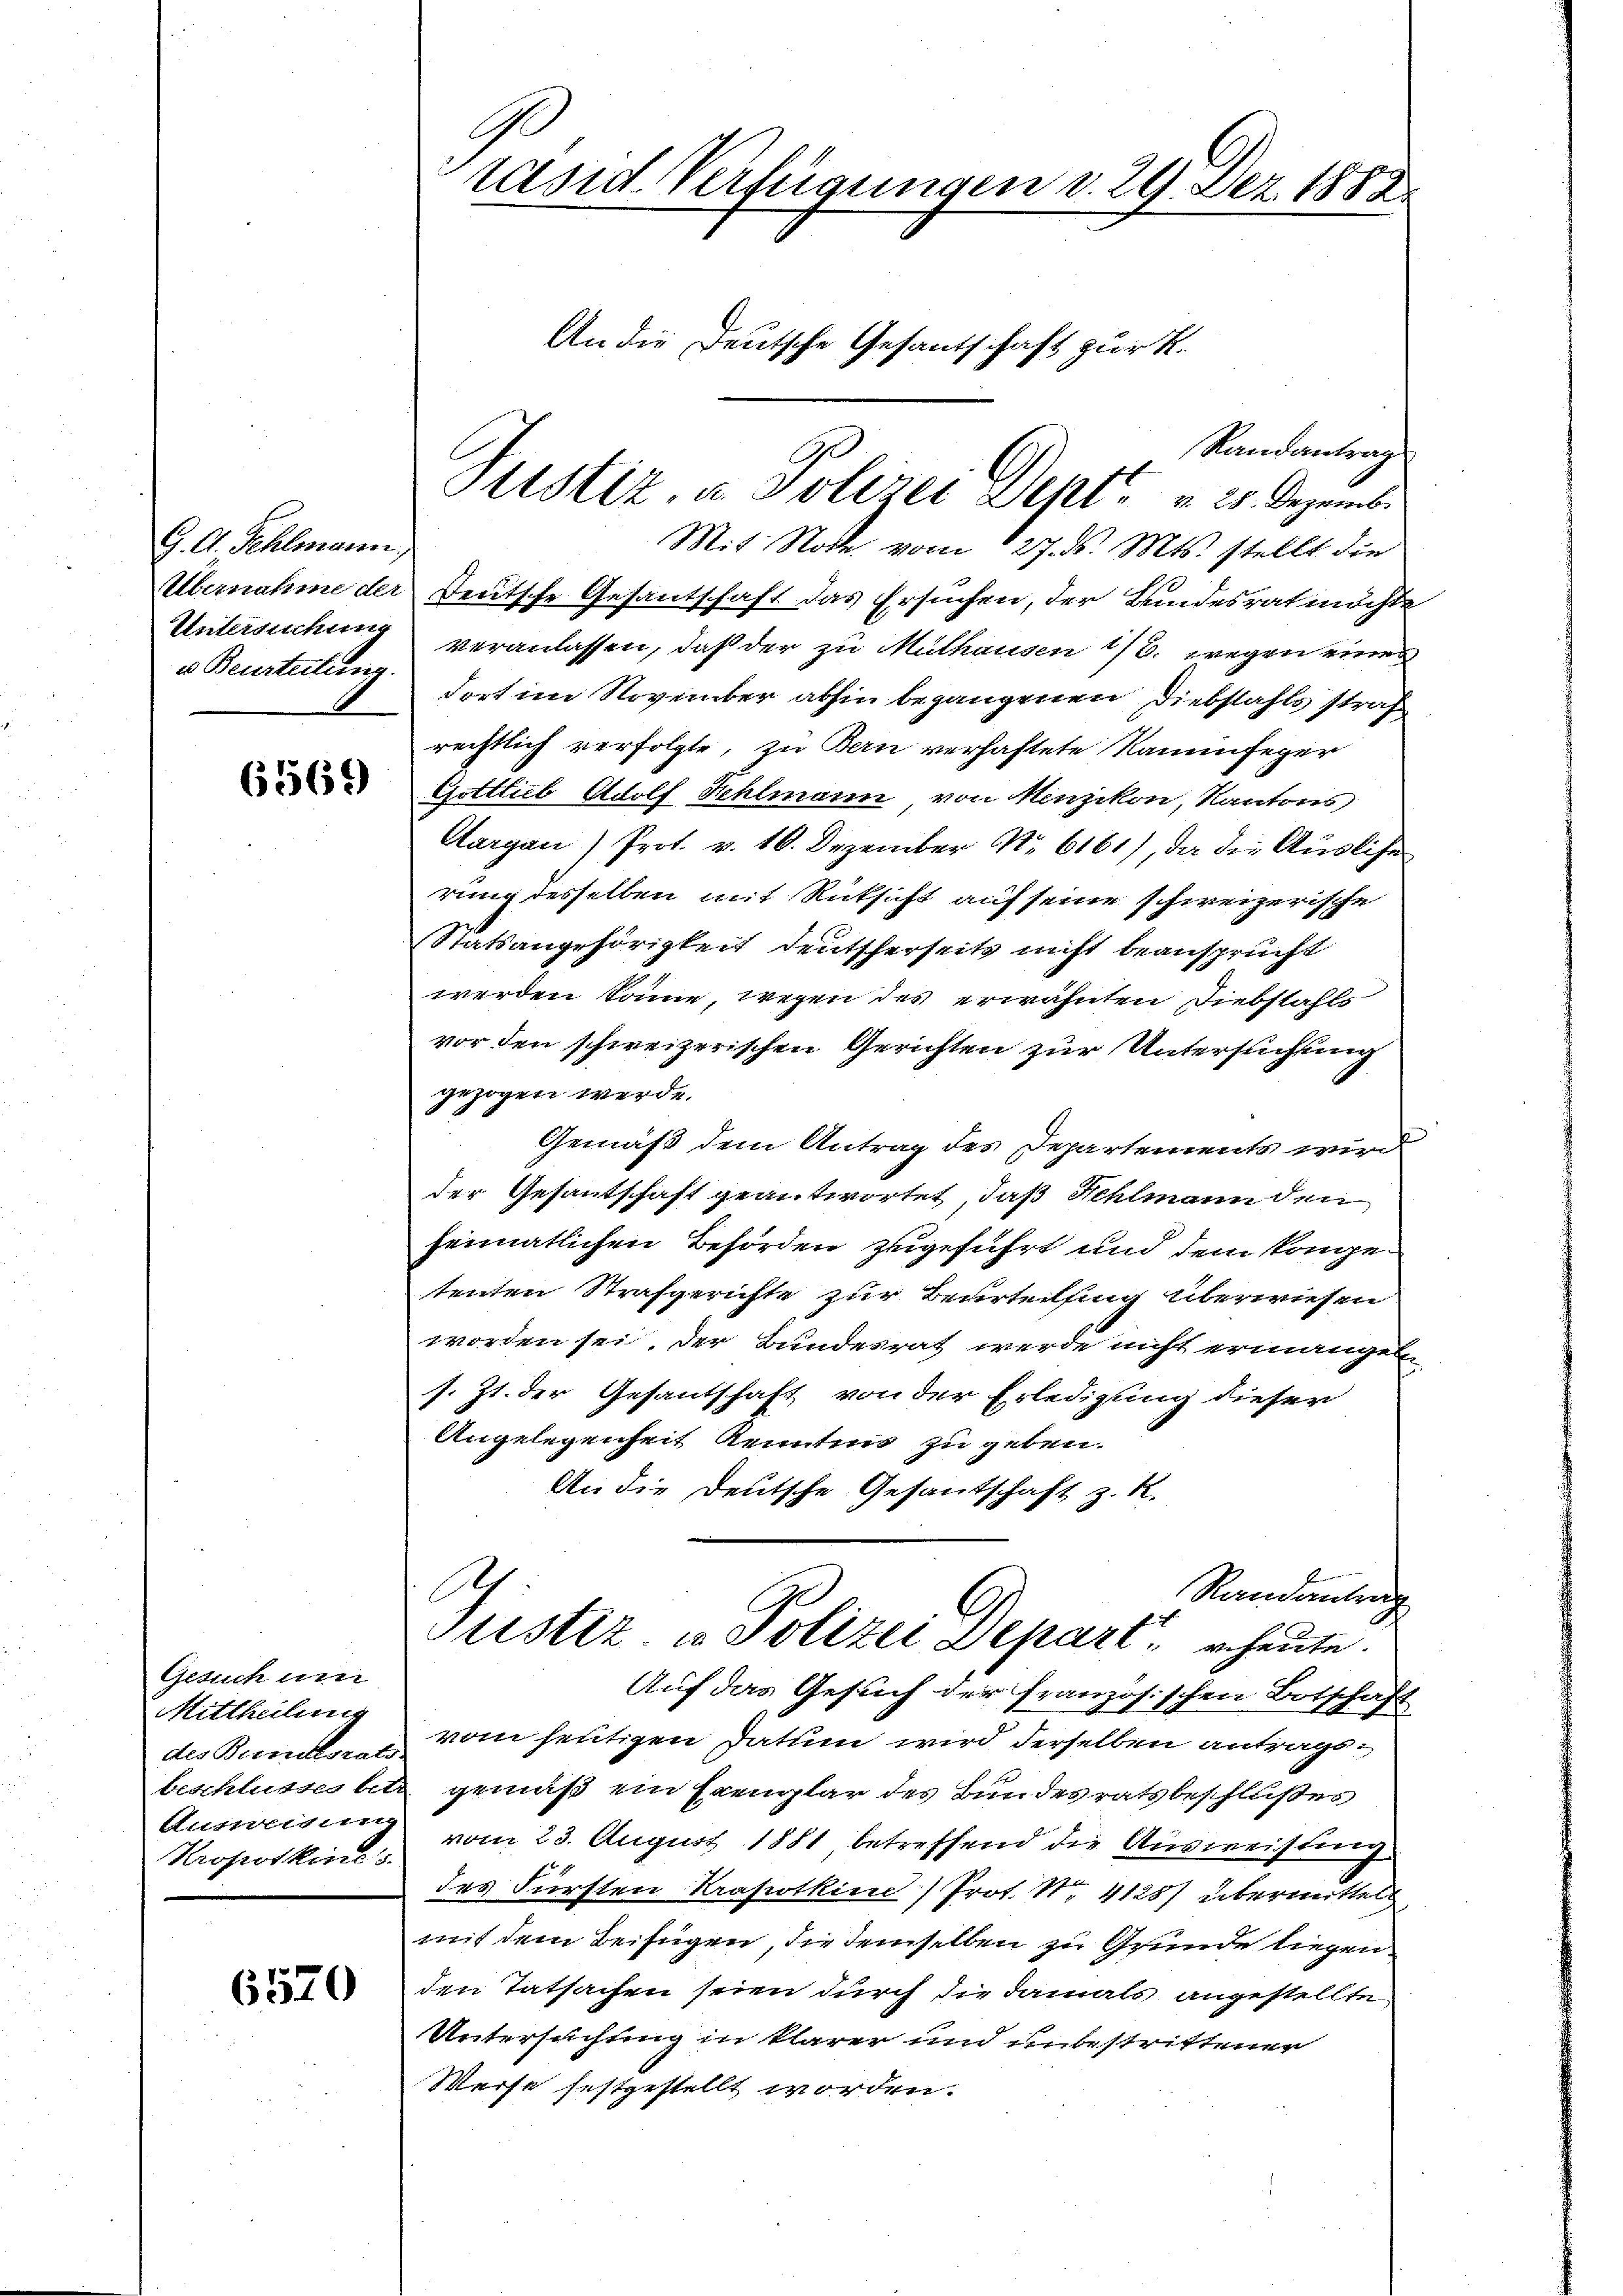
G. A. Fehlmann,
Übernahme der
Untersuchun
u Beustertinis.

6569

Gesuch um
Mittheilung
des Berndesrat
beschlusses betr
Ausweisun
Propotkind

6570

rasid Verfügungen v. 29. Dez. 1882.
An die Deutsche Gesandschaft zur R.

Randantrag
Deutsche Gesantschaft das Ersuchen, der Bundesrat möchte
veranlassen, daß der zu Mithausen u. wegen eines
dort im November abhin begangenen Diebstahls straf
rechtlich verfolgte, zu Bern verhaftete Kaminfeger
Gottlich Adolf Fehlmann von Kinzikon, Kantons
Aargau / Prot. v. 10. Dezember Nr. 6161), da die Ausliche
rung desselben mit Rücksicht auf seine schweizerische
Statsangehörigkeit deutscherseits nicht beansprucht
werden könne, wegen des erwähnten Diebstahls-
vor den schweizerischen Gerichten zur Untersuchung
gezogen werde.
Gemäß dem Antrag des Departements wird
der Gesantschaft geantwortet, daß Fehlmann den
heimatlichen Behörden zugeführt und dem konge-
tenten Strafgerichte zur Beurteising überwiesen
worden sei. Der Bundesrat werde nicht ermangen
s. Zt. der Gesantschaft von der Erledigung dieser
Angelegenheit Kenntnis zu geben.
An die Deutsche Gesantschaft z. R.
Sandentrag
Justiz u. Polizei Depart
riheute.
Auf das Gesuch der französischen Botschaft
vom heutigen Datum wird derselben antrags-
gemäß ein Exemplar des Bundesratsbeschlußes
vom 23. August 1881 betreffend die Ausweisung
des Fürsten Krasotkin Prof. Nr. 41257 übermittel
mit dem Beifügen, die demselben zu Grunde liegen.
den Tatsachen seien durch die damals angestellte,
Untersuchtung in klarer und unbestrittener
Weise festgestellt worden.

Sistiz, u. Polizei Dept. v. 28. Dezemb.
Mit Note vom 27. d. Mts. stellt die